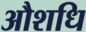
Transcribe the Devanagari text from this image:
औशधि